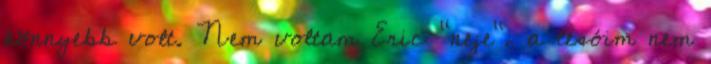
könnyebb volt. Nem voltam Eric "neje", a tesóim nem